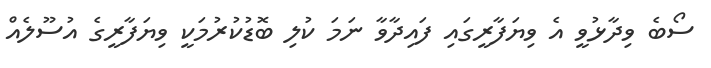
ސޯބެ ވިދާޅުވީ އެ ވިޔަފާރީގައި ފައިދާވާ ނަމަ ކުލި ބޮޑުކުރުމަކީ ވިޔަފާރީގެ އުސޫލެއް